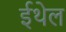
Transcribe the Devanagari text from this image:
ईथेल